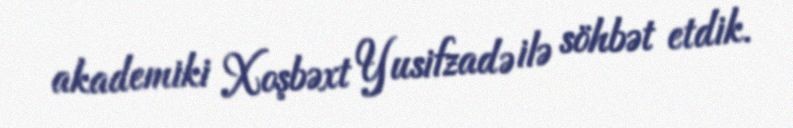
akademiki Xoşbəxt Yusifzadə ilə söhbət etdik.